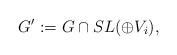
LaTeX: \begin{align*}G':=G \cap SL(\oplus V_i),\end{align*}